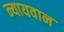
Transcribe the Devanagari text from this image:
न्यायवान